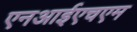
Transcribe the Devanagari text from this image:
एनआईएचएम